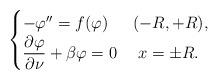
LaTeX: \begin{align*} \begin{cases} - \varphi''= f(\varphi) & (-R,+R),\\ \dfrac{\partial \varphi}{\partial \nu}+\beta \varphi=0 & \;x=\pm R. \end{cases} \end{align*}